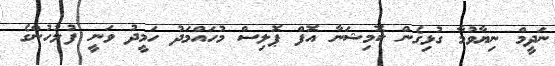
ނަދީމް ނިޔާވުމާ ގުޅިގެން ކޮމިޝަނާ އޮފް ޕޮލިސް މުހައްމަދު ހަމީދު ވަނީ ފުލުހުންގެ